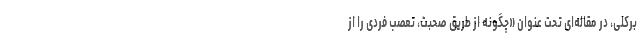
برکلی، در مقاله‌ای تحت عنوان «چگونه از طریق صحبت، تعصب فردی را از